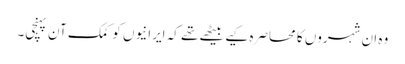
وہ ان شہروں کا محاصرہ کیے بیٹھے تھے کہ ایرانیوں کو کمک آن پہنچی۔